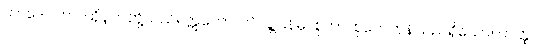
တာဒေဝတာ၊ ထိုနတ်တို့သည်။ ဣတော၊ ဤလူ့ပြန်မှ။ စုတာ၊ စုတေကုန်သည်ရှိသော်။ တတ္ထ၊